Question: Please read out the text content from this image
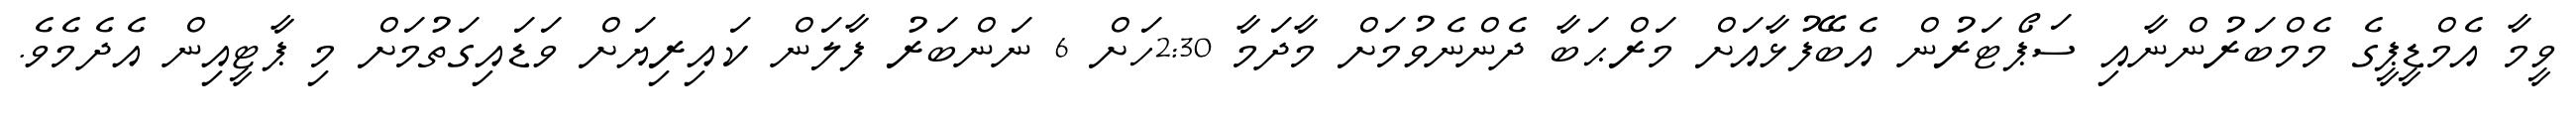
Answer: ވީމާ އެމްޑީޕީގެ މެމްބަރުންނާއި ސަޕޯޓަރުން އެބޭފުޅާއަށް މަރްޙަބާ ދެންނެވުމަށް މާދަމާ 2:30ހަށް 6 ނަންބަރު ފާލަން ކައިރިޔަށް ވަޑައިގަތުމަށް މި ޕާޓީއިން އެދެމެވެ.